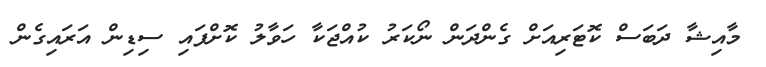
މާއިޝާ ދަބަސް ކޮޓަރިއަށް ގެންދަން ނޯކަރު ކުއްޖަކާ ހަވާލު ކޮށްފައި ސިޑިން އަރައިގެން